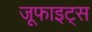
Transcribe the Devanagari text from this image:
जूफाइट्स